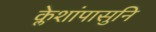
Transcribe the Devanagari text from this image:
क्लेशांपासुनि